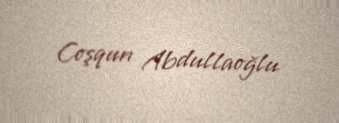
Coşqun Abdullaoğlu